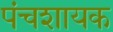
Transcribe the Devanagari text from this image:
पंचशायक